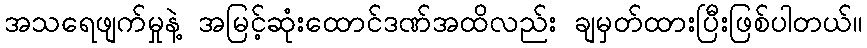
အသရေဖျက်မှုနဲ့ အမြင့်ဆုံးထောင်ဒဏ်အထိလည်း ချမှတ်ထားပြီးဖြစ်ပါတယ်။